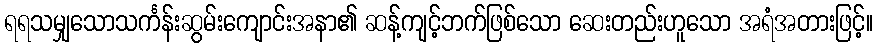
ရရသမျှသောသင်္ကန်းဆွမ်းကျောင်းအနာ၏ ဆန့်ကျင့်ဘက်ဖြစ်သော ဆေးတည်းဟူသော အရံအတားဖြင့်။